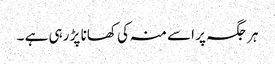
ہر جگہ پر اسے منہ کی کھانا پڑ رہی ہے ۔